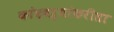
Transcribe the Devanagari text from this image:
कांदबऱ्यांकरीता